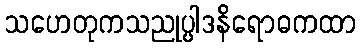
သဟေတုကသညုပ္ပါဒနိရောဓကထာ